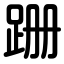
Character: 跚